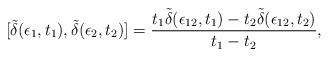
\begin{align*}[\tilde{\delta} (\epsilon_1, t_1), \tilde{\delta} (\epsilon_2, t_2)] ={t_1 \tilde{\delta} (\epsilon_{12}, t_1) - t_2 \tilde{\delta}(\epsilon_{12}, t_2)\over t_1 - t_2},\end{align*}